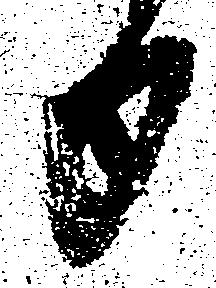
日